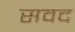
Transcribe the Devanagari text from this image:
सवद